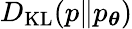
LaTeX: D_{\mathrm{KL}}(p\Vert p_{\boldsymbol{\theta}})